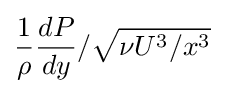
{\frac {1}{\rho }}{\frac {dP}{dy}}/{\sqrt {\nu U^{3}/x^{3}}}